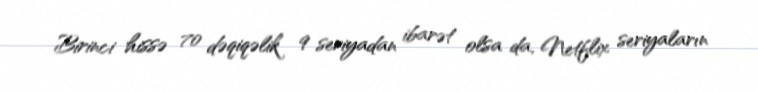
Birinci hissə 70 dəqiqəlik 9 seriyadan ibarət olsa da, Netflix seriyaların